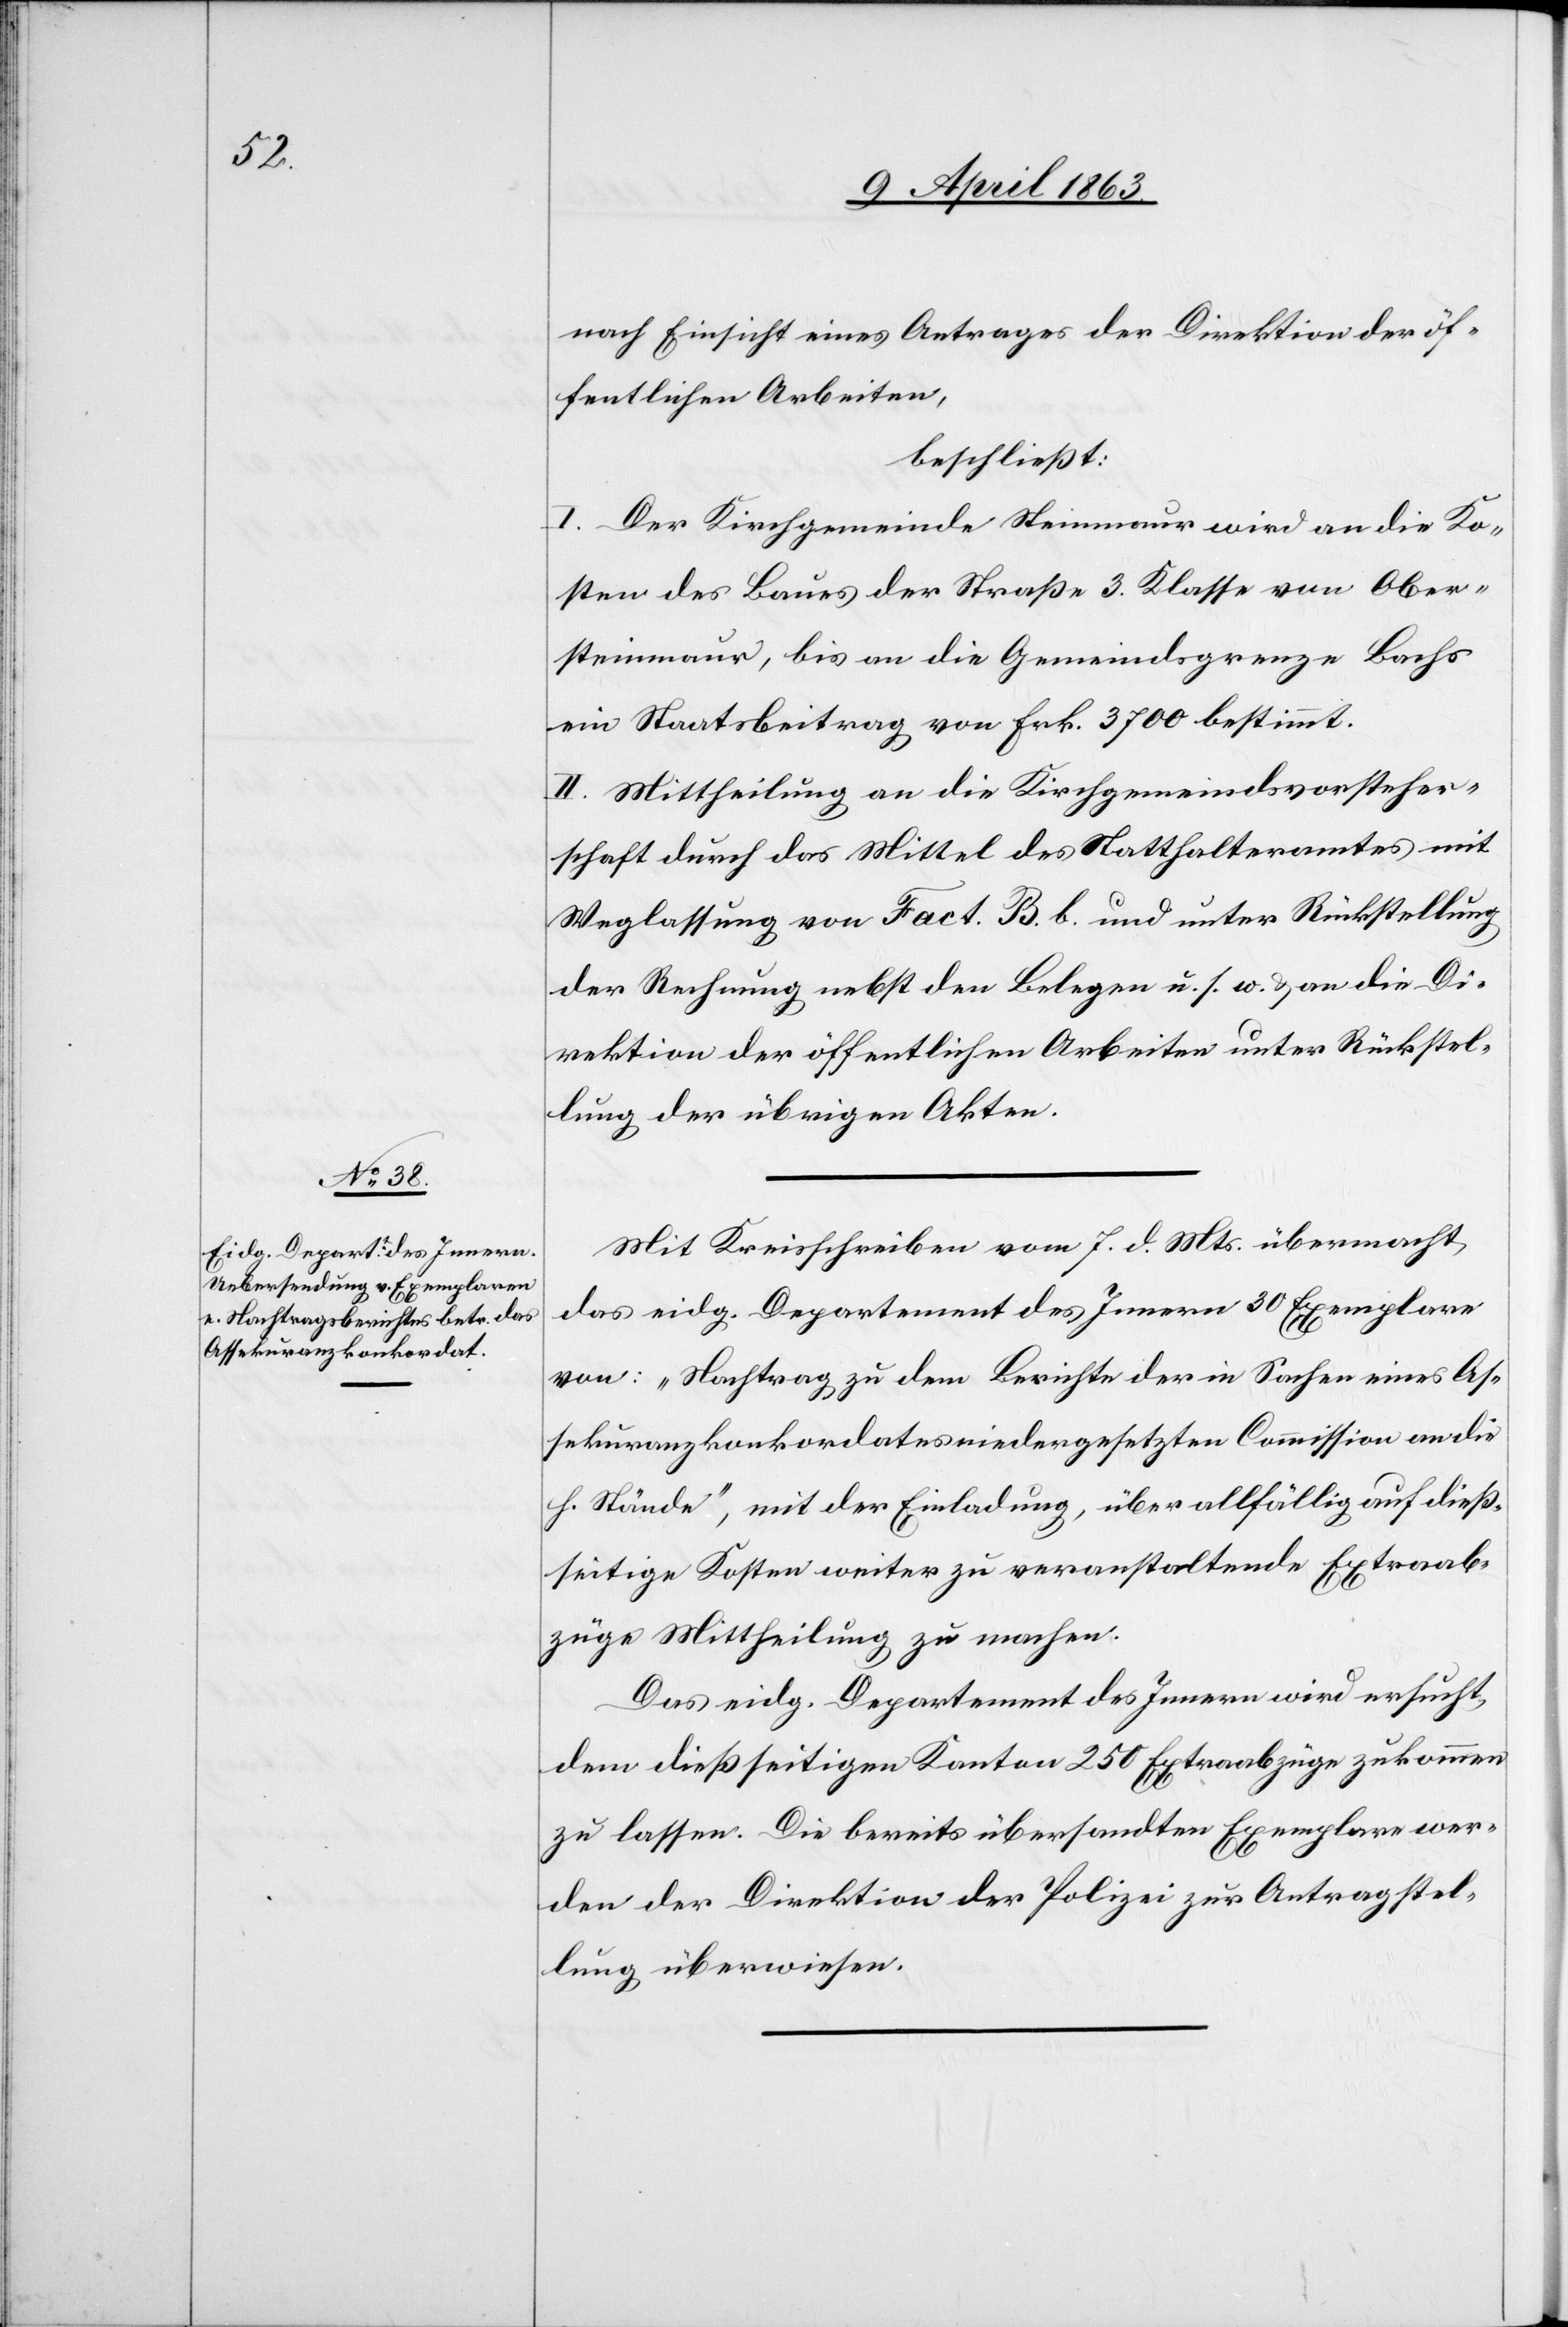
nach Einsicht eines Antrages der Direktion der öf¬
fentlichen Arbeiten,
beschließt:
I. Der Kirchgemeinde Steinmaur wird an die Ko¬
sten des Baues der Straße 3. Klasse von Ober¬
steinmaur, bis an die Gemeindsgrenze Bachs
ein Staatsbeitrag von Frk. 3700 bestimmt.
II. Mittheilung an die Kirchgemeindsvorsteher¬
schaft durch das Mittel des Statthalteramtes mit
Weglassung von Fact. B. b. und unter Rückstellung
der Rechnung nebst den Belegen u. s. w. & an die Di¬
rektion der öffentlichen Arbeiten unter Rückstel¬
lung der übrigen Akten.
Mit Kreisschreiben vom 7. d. Mts. übermacht
das eidg. Departement des Innern 30 Exemplare
von: „Nachtrag zu dem Berichte der in Sachen eines As¬
sekuranzkonkordates niedergesetzten Commission an die
h. Stände“, mit der Einladung, über allfällig auf dieß¬
seitige Kosten weiter zu veranstaltende Extraab¬
züge Mittheilung zu machen.
Das eidg. Departement des Innern wird ersucht,
dem dießseitigen Kanton 250 Extraabzüge zukommen
zu lassen. Die bereits übersandten Exemplare wer¬
den der Direktion der Polizei zur Antragstel¬
lung überwiesen.